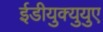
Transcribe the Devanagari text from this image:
ईडीयुक्युयुए